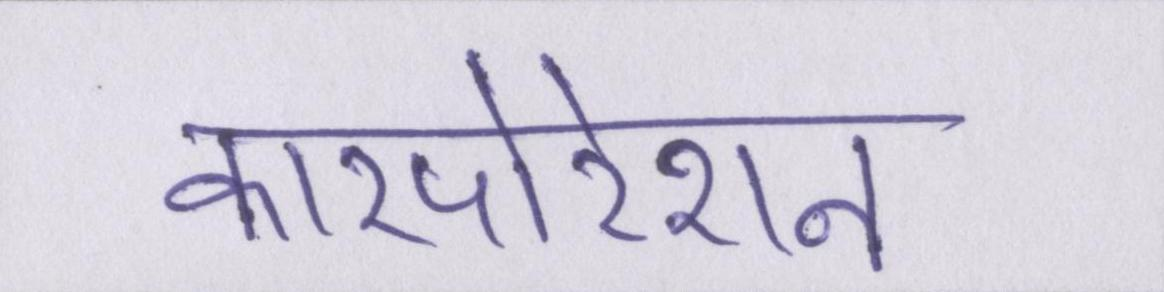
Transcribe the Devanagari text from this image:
कारपोरेशन